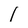
Character: 1